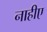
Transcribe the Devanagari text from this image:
नाहीए